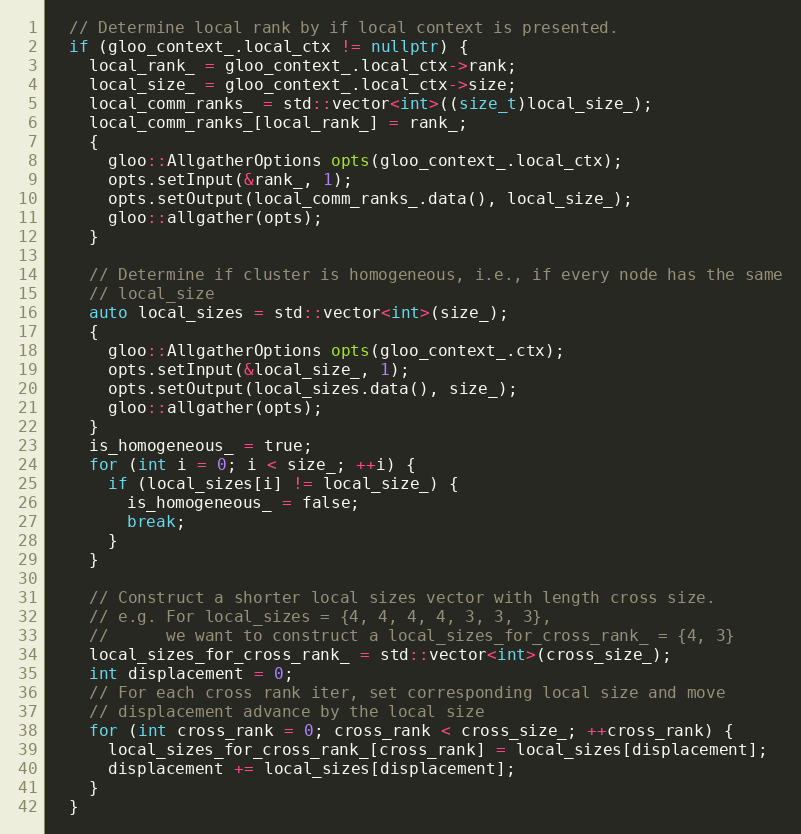
Language: C++
  // Determine local rank by if local context is presented.
  if (gloo_context_.local_ctx != nullptr) {
    local_rank_ = gloo_context_.local_ctx->rank;
    local_size_ = gloo_context_.local_ctx->size;
    local_comm_ranks_ = std::vector<int>((size_t)local_size_);
    local_comm_ranks_[local_rank_] = rank_;
    {
      gloo::AllgatherOptions opts(gloo_context_.local_ctx);
      opts.setInput(&rank_, 1);
      opts.setOutput(local_comm_ranks_.data(), local_size_);
      gloo::allgather(opts);
    }

    // Determine if cluster is homogeneous, i.e., if every node has the same
    // local_size
    auto local_sizes = std::vector<int>(size_);
    {
      gloo::AllgatherOptions opts(gloo_context_.ctx);
      opts.setInput(&local_size_, 1);
      opts.setOutput(local_sizes.data(), size_);
      gloo::allgather(opts);
    }
    is_homogeneous_ = true;
    for (int i = 0; i < size_; ++i) {
      if (local_sizes[i] != local_size_) {
        is_homogeneous_ = false;
        break;
      }
    }

    // Construct a shorter local sizes vector with length cross size.
    // e.g. For local_sizes = {4, 4, 4, 4, 3, 3, 3},
    //      we want to construct a local_sizes_for_cross_rank_ = {4, 3}
    local_sizes_for_cross_rank_ = std::vector<int>(cross_size_);
    int displacement = 0;
    // For each cross rank iter, set corresponding local size and move
    // displacement advance by the local size
    for (int cross_rank = 0; cross_rank < cross_size_; ++cross_rank) {
      local_sizes_for_cross_rank_[cross_rank] = local_sizes[displacement];
      displacement += local_sizes[displacement];
    }
  }